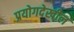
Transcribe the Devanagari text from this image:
प्रयोगदेखील